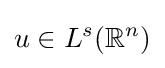
u\in L^{s}(\mathbb {R} ^{n})